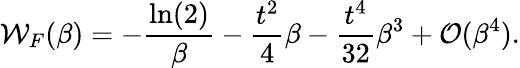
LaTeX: {\cal W}_{F}(\beta)=-\frac{\ln(2)}{\beta}-\frac{t^{2}}{4}\beta-\frac{t^{4}}{32}\beta^{3}+{\cal O}(\beta^{4}).